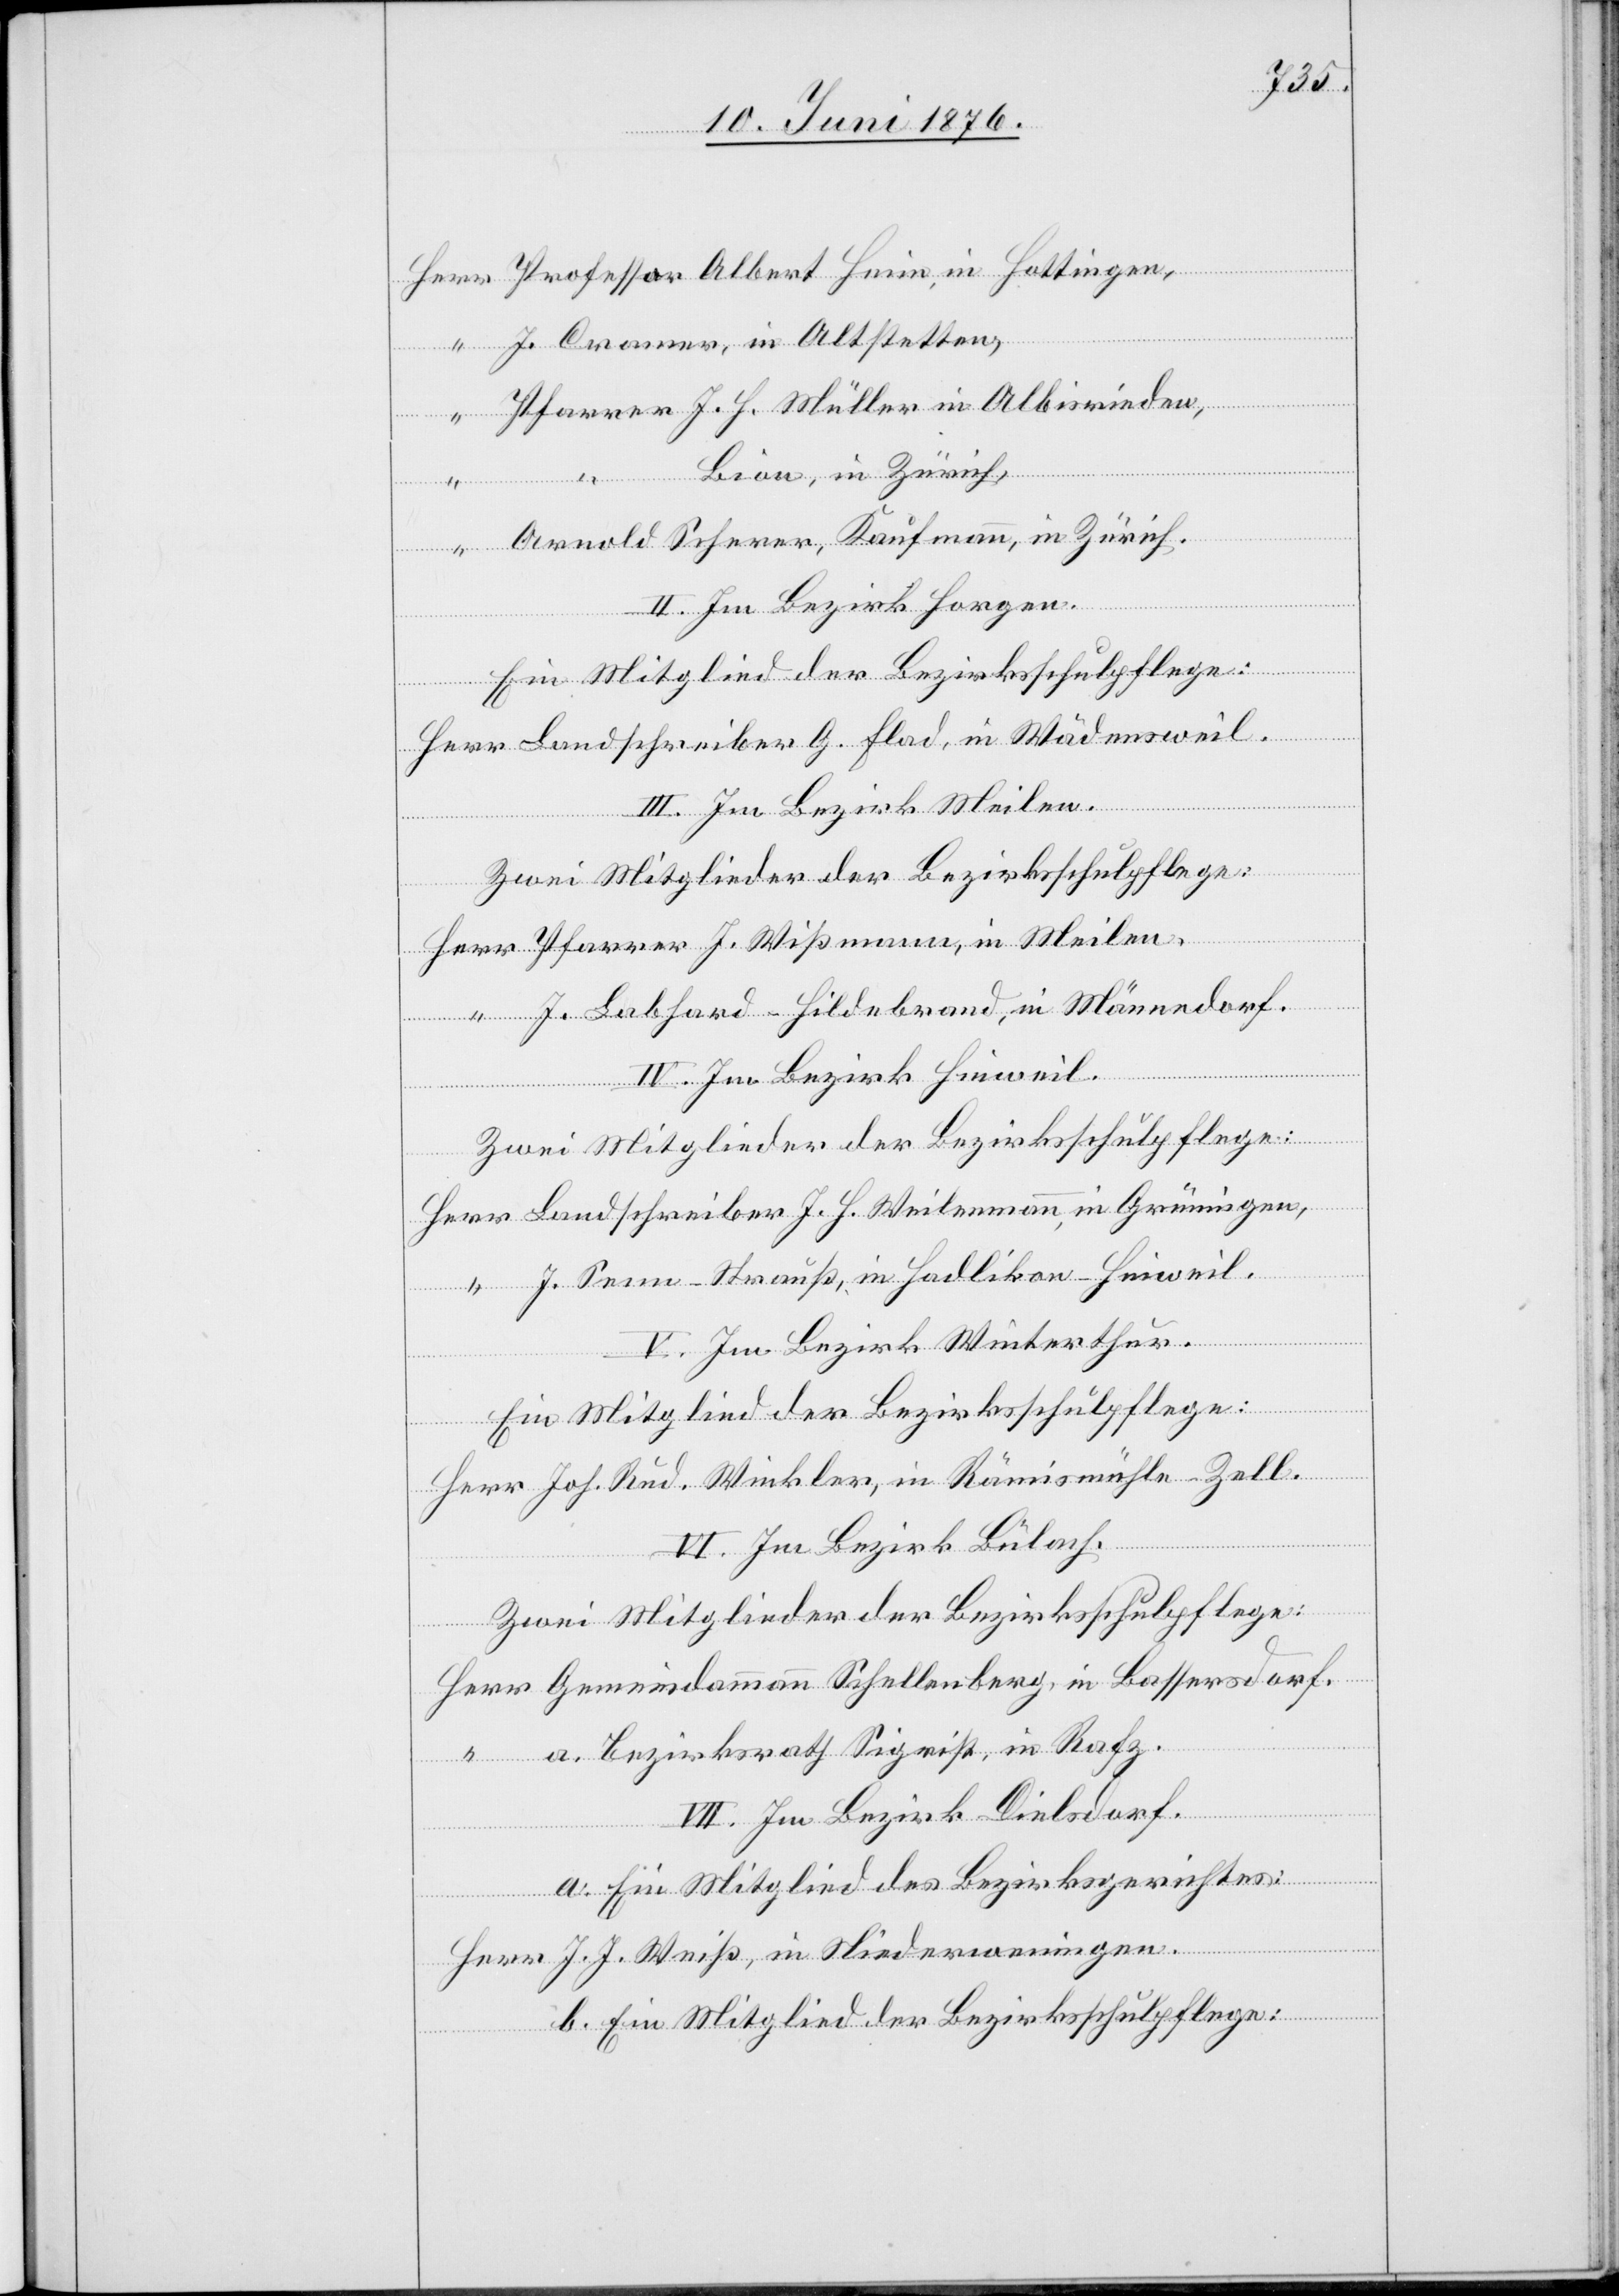
J. Cramer, in Altstetten,
Grünignen,
Lion, in Zürich,
in Rafz.
Arnold Scherer, Kaufmann, in Zürich.
II. Im Bezirk Horgen.
Ein Mitglied der Bezirksschulpflege:
Herr Landschreiber G. Flad, in Wädensweil.
III. Im Bezirk Meilen.
Zwei Mitglieder der Bezirksschulpflege:
in
J. Labhard-Hildebrand, in Männedorf.
IV. Im Bezirk Hinweil.
Zwei Mitglieder der Bezirksschulpflege:
J. Senn-Strauß, in Hadlikon-Hinweil.
V. Im Bezirk Winterthur.
Ein Mitglied der Bezirksschulpflege:
Herr Joh. Rud. Winkler, in Rämismühle - Zell.
a.
VI. Im Bezirk Bülach.
Zwei Mitglieder der Bezirksschulpflege:
VII. Im Bezirk Dielsdorf.
a. Ein Mitglied des Bezirksgerichtes:
Herr J. J. Weiß, in Niederweningen.
b. Ein Mitglied der Bezirksschulpflege: